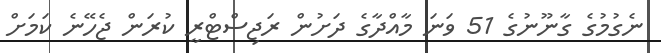
ނެގުމުގެ ގާނޫނުގެ 51 ވަނަ މާއްދާގެ ދަށުން ރަޖިސްޓްރީ ކުރަން ޖެހޭނެ ކަމަށް